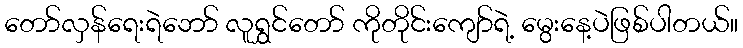
တော်လှန်ရေးရဲဘော် လူရွှင်တော် ကိုတိုင်းကျော်ရဲ့ မွေးနေ့ပဲဖြစ်ပါတယ်။